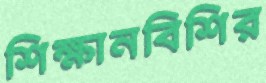
শিক্ষানবিশির